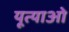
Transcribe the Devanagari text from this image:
यूत्याओ